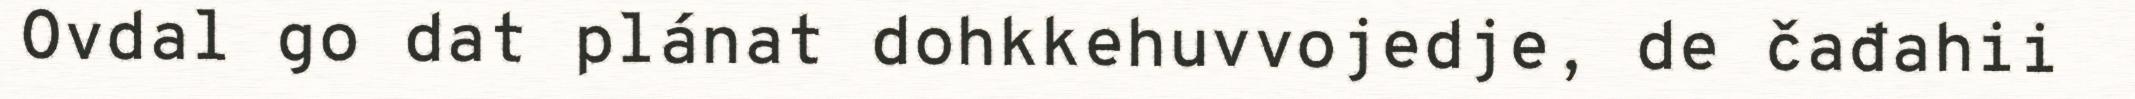
Ovdal go dat plánat dohkkehuvvojedje, de čađahii